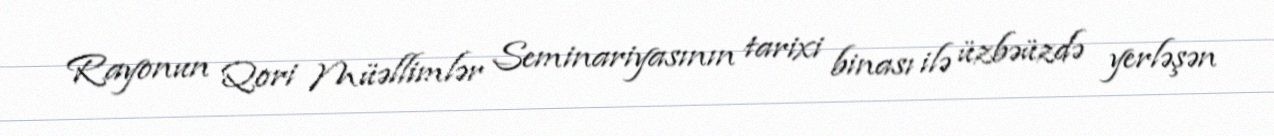
Rayonun Qori Müəllimlər Seminariyasının tarixi binası ilə üzbəüzdə yerləşən